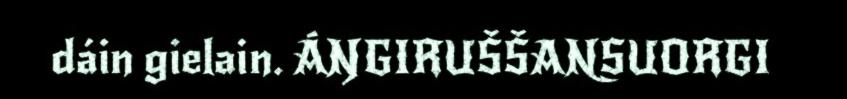
dáin gielain. ÁŊGIRUŠŠANSUORGI